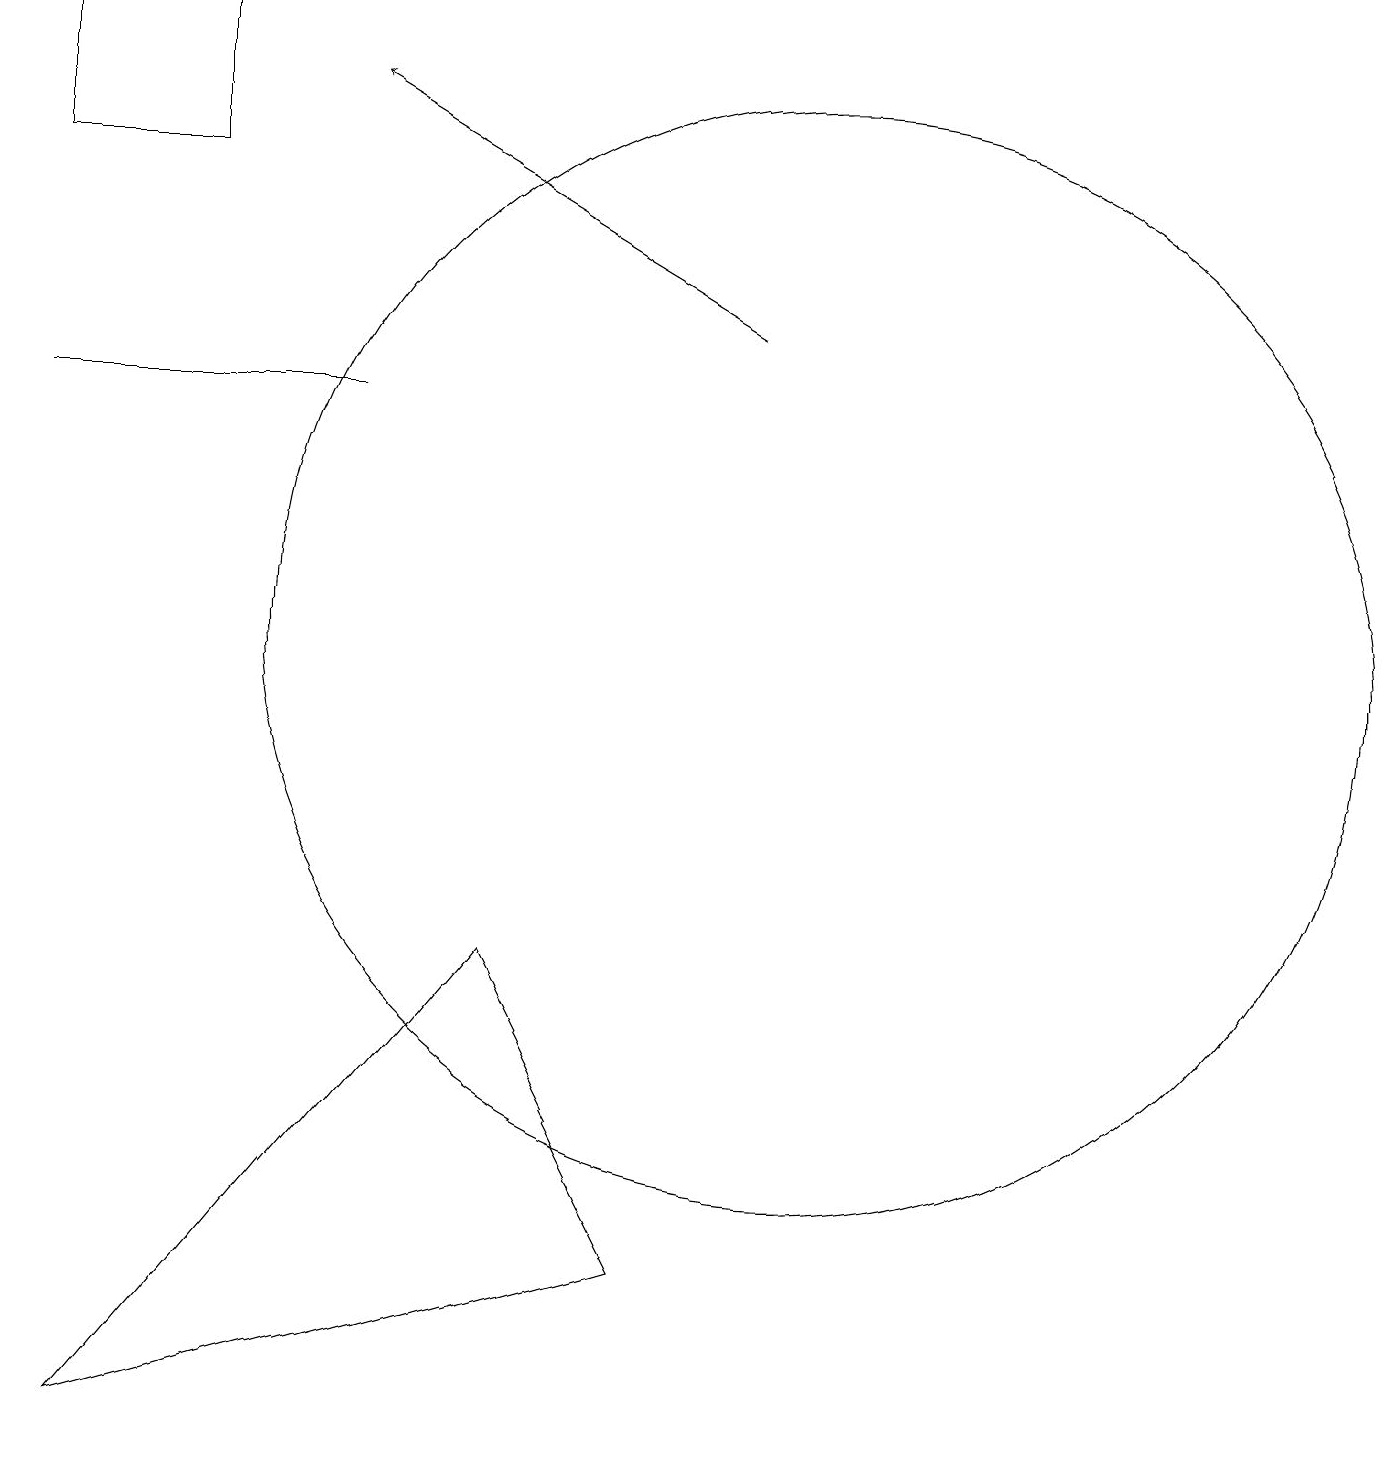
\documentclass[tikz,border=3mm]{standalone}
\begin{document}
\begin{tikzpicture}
\draw (4,13) rectangle (0,13);
\draw (0,18) rectangle (2,16);
\draw[->] (9,14) -- (4,17);
\draw (6,6) -- (8,2) -- (1,0) -- cycle;
\draw (10,10) circle (7);
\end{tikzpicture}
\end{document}